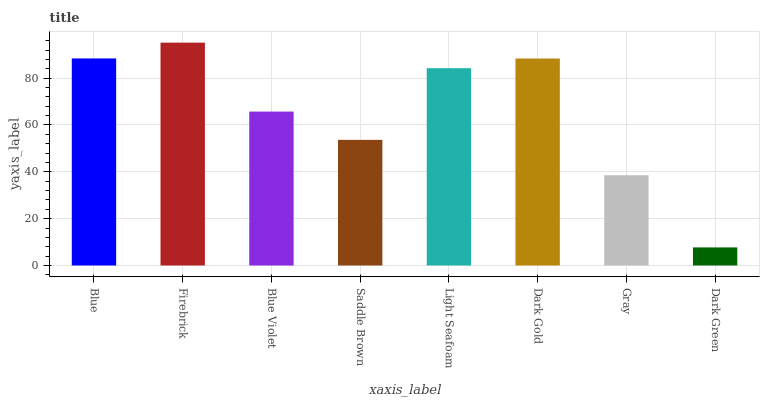
| xaxis_label | bars |
 | --- | --- |
 | Blue | 88.4 |
 | Firebrick | 95.2 |
 | Blue Violet | 65.7 |
 | Saddle Brown | 53.6 |
 | Light Seafoam | 84.3 |
 | Dark Gold | 88.4 |
 | Gray | 38.5 |
 | Dark Green | 7.72 |